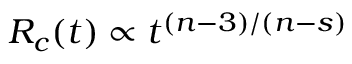
R _ { c } ( t ) \propto t ^ { ( n - 3 ) / ( n - s ) }